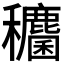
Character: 𮃶